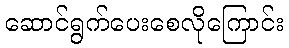
ဆောင်ရွက်ပေးစေလိုကြောင်း